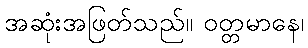
အဆုံးအဖြတ်သည်။ ဝတ္တမာနေ၊